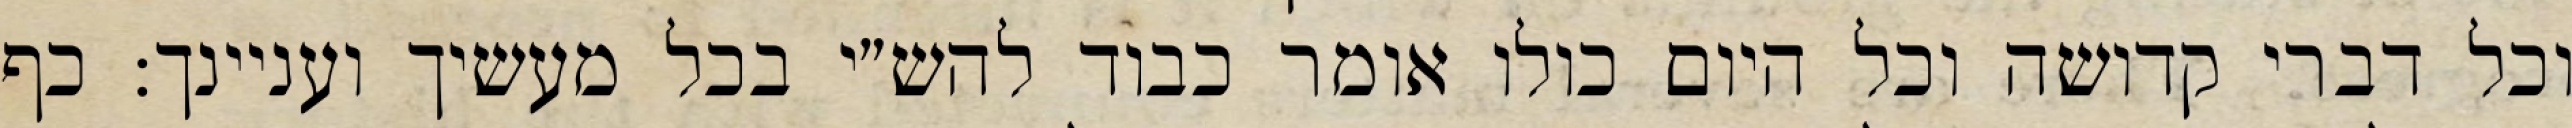
וכל דברי קדושה וכל היום כולו אומר כבוד להש״י בכל מעשיך ועניינך: כף